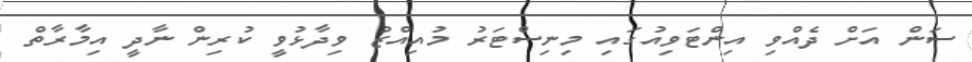
ސަން އަށް ދެއްވި އިންޓަވިއުގައި މިނިސްޓަރު މުއިއްޒު ވިދާޅުވީ ކުރިން ނާދީ އިމާރާތް